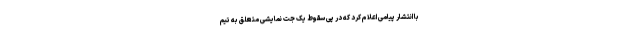
با انتشار پیامی اعلام کرد که در پی سقوط یک جت نمایشی متعلق به تیم